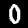
Label: 0